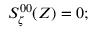
{ \cal S } _ { \zeta } ^ { 0 0 } ( Z ) = 0 ;